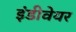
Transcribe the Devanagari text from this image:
इंडीवेयर